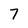
Character: 7